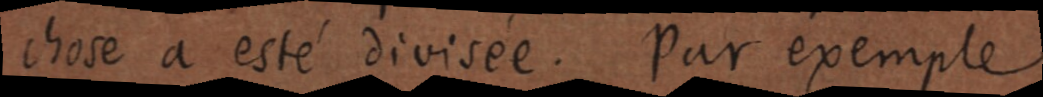
chose a esté divisée. Par exemple